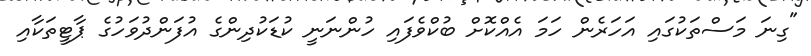
"ގިނަަ މަސްތަކުގައި އަހަރެން ހަމަ އެއްކޮށް ބުކްވެފައި ހުންނަނީ ކުޑަކުދިންގެ އުފަންދުވަހުގެ ޕާޓީތަކާއި